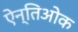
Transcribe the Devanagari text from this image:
ऐन्तिओक